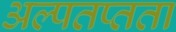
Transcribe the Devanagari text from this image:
अल्पतप्तता